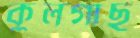
কুলগাছ